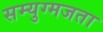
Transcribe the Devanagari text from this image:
सम्युग्मजता